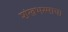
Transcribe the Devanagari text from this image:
शंखभस्माचा